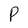
Character: P